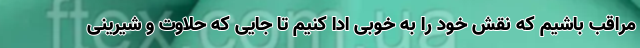
مراقب باشیم که نقش خود را به خوبی ادا کنیم تا جایی که حلاوت و شیرینی